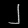
Digit: ၂